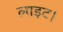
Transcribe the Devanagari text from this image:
लाइट।